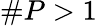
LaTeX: \# P>1